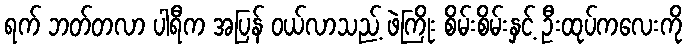
ရက် ဘတ်တလာ ပါရီက အပြန် ဝယ်လာသည့် ဖဲကြိုး စိမ်းစိမ်းနှင့် ဦးထုပ်ကလေးကို